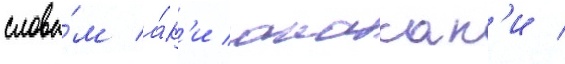
слова́м а́к'и акасак'и /